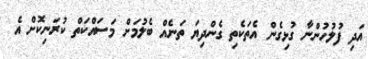
އަދި ފުލުހުންނާ ގުޅިގެން އެތަކެތި ގެންދިޔަ ތަނެއް ބެލުމަށް މަސައްކަތް ކުރަނިކޮށް އެ